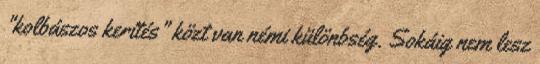
"kolbászos kerítés" közt van némi különbség. Sokáig nem lesz